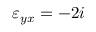
\varepsilon _ { y x } = - 2 i